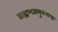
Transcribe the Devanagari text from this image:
ब्राह्मणप्रामुख्याचा